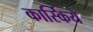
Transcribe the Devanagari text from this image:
कार्स्किये